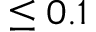
\leq 0 . 1